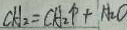
C H _ { 2 } = C H _ { 2 } \uparrow + H _ { 2 } O